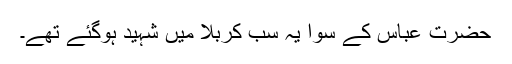
حضرت عباس کے سوا یہ سب کربلا میں شہید ہوگئے تھے۔